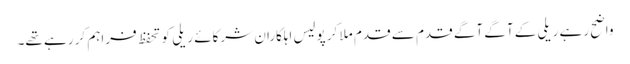
واضح رہے ریلی کے آگے آگے قدم سے قدم ملا کر پولیس اہلکاران شرکائے ریلی کو تحفظ فراہم کر رہے تھے۔